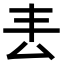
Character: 𠫢